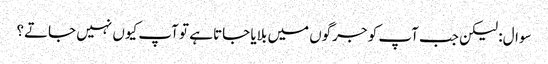
سوال: لیکن جب آپ کو جرگوں میں بلایا جاتا ہے تو آپ کیوں نہیں جاتے؟